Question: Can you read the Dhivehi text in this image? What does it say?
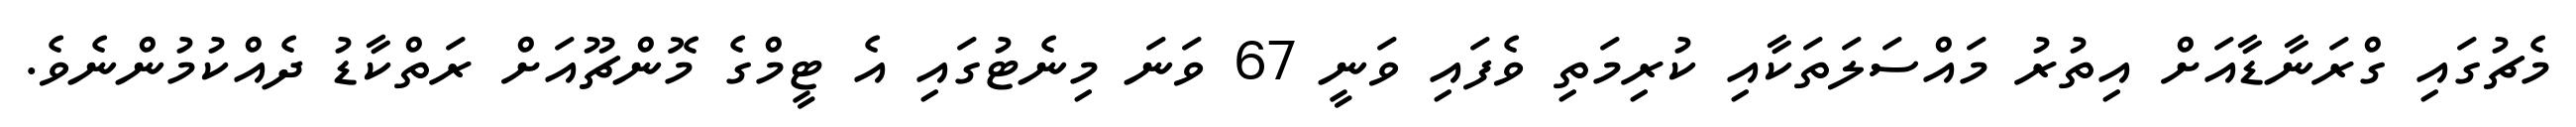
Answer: މެޗުގައި ގްރަނާޑާއަށް އިތުރު މައްސަލަތަކާއި ކުރިމަތި ވެފައި ވަނީ 67 ވަނަ މިނެޓުގައި އެ ޓީމްގެ މޮންޗޫއަށް ރަތްކާޑު ދެއްކުމުންނެވެ.